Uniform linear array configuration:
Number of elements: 24
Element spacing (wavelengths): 0.5
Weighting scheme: cosine
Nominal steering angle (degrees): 15
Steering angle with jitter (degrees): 15.24
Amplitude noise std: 0.05
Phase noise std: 0.05

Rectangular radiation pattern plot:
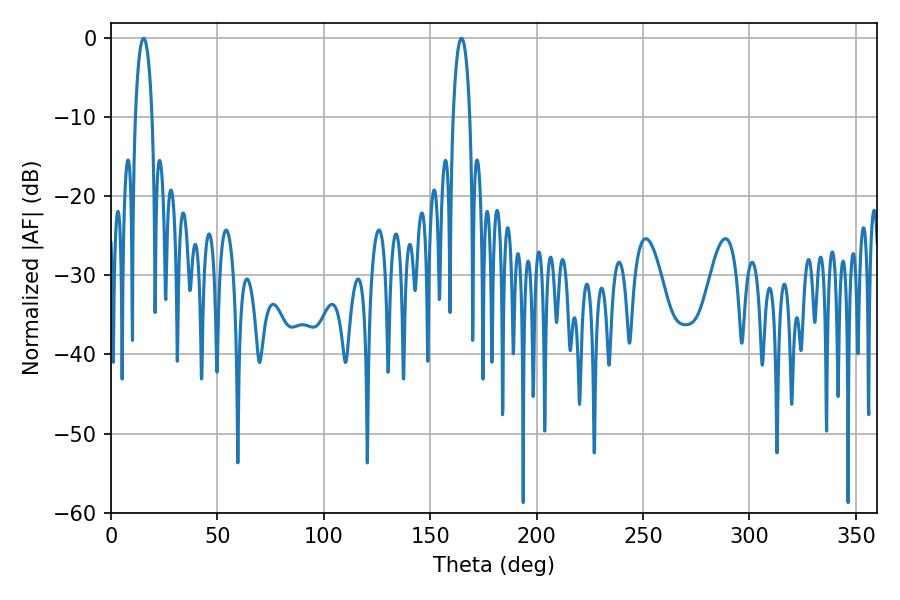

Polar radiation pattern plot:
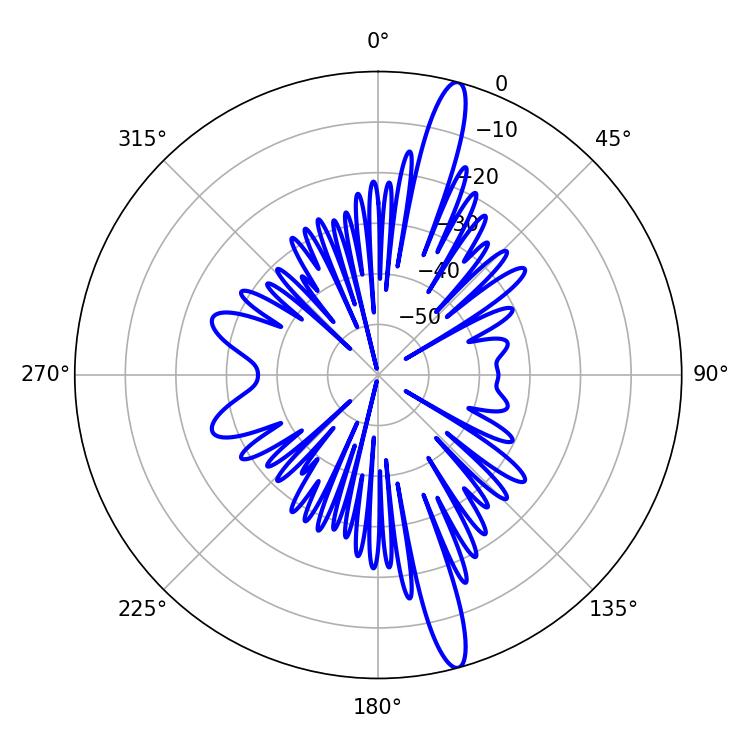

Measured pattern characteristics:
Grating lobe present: FALSE
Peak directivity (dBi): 16.431
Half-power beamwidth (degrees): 4.5
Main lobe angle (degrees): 15.3